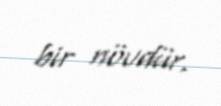
bir növdür.